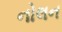
નોલન